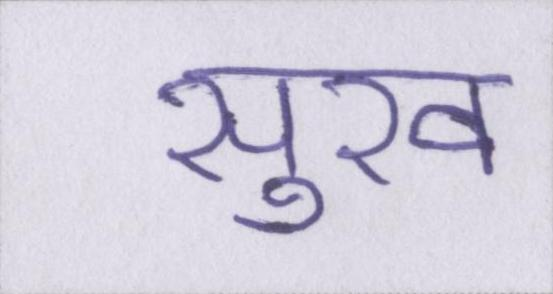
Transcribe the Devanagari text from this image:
सुख